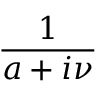
\frac { 1 } { a + i \nu }